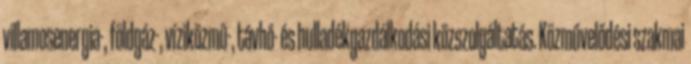
villamosenergia-, földgáz-, víziközmű-, távhő- és hulladékgazdálkodási közszolgáltatás. Közművelődési szakmai